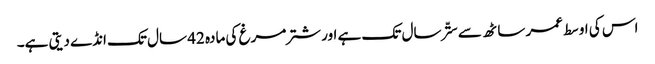
اس کی اوسط عمر ساٹھ سے ستّر سال تک ہے اور شتر مرغ کی مادہ 42 سال تک انڈے دیتی ہے۔